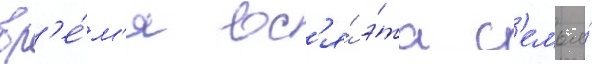
вр'е́м'я вс'я́ э́та с'емья́